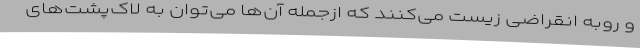
و روبه‌ انقراضی زیست می‌کنند که ازجمله آن‌ها می‌توان به لاک‌پشت‌های